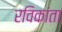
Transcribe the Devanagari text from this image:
रविकांता